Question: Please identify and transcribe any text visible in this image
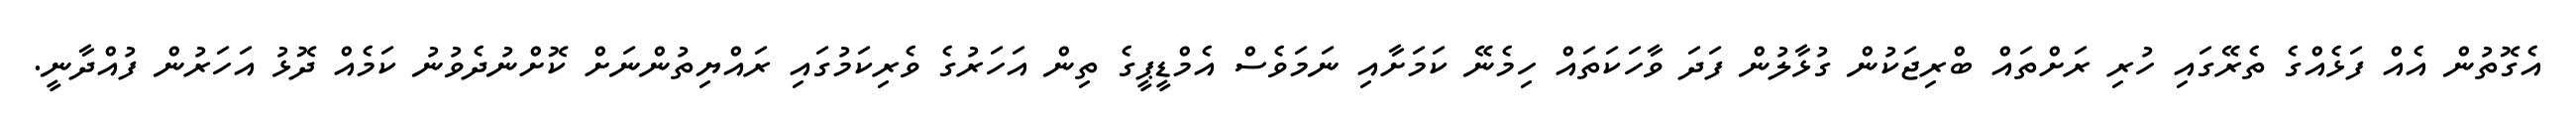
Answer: އެގޮތުން އެއް ފަޅެއްގެ ތެރޭގައި ހުރި ރަށްތައް ބްރިޖަކުން ގުޅާލުން ފަދަ ވާހަކަތައް ހިމެނޭ ކަމަށާއި ނަމަވެސް އެމްޑީޕީގެ ތިން އަހަރުގެ ވެރިކަމުގައި ރައްޔިތުންނަށް ކޮށްނުދެވުނު ކަމެއް ދޮޅު އަހަރުން ފުއްދާނީ.